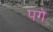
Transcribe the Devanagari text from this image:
पगे